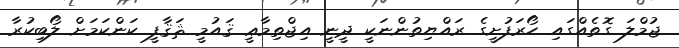
ޖުމްލަ ގޮތެއްގައި ހޯރަފުށީގެ ރައްޔިތުންނަކީ ދީނީ އިޖްތިމާޢީ ޤައުމީ ޘަޤާފީ ކަންކަމަށް ލޯބިކުރާ